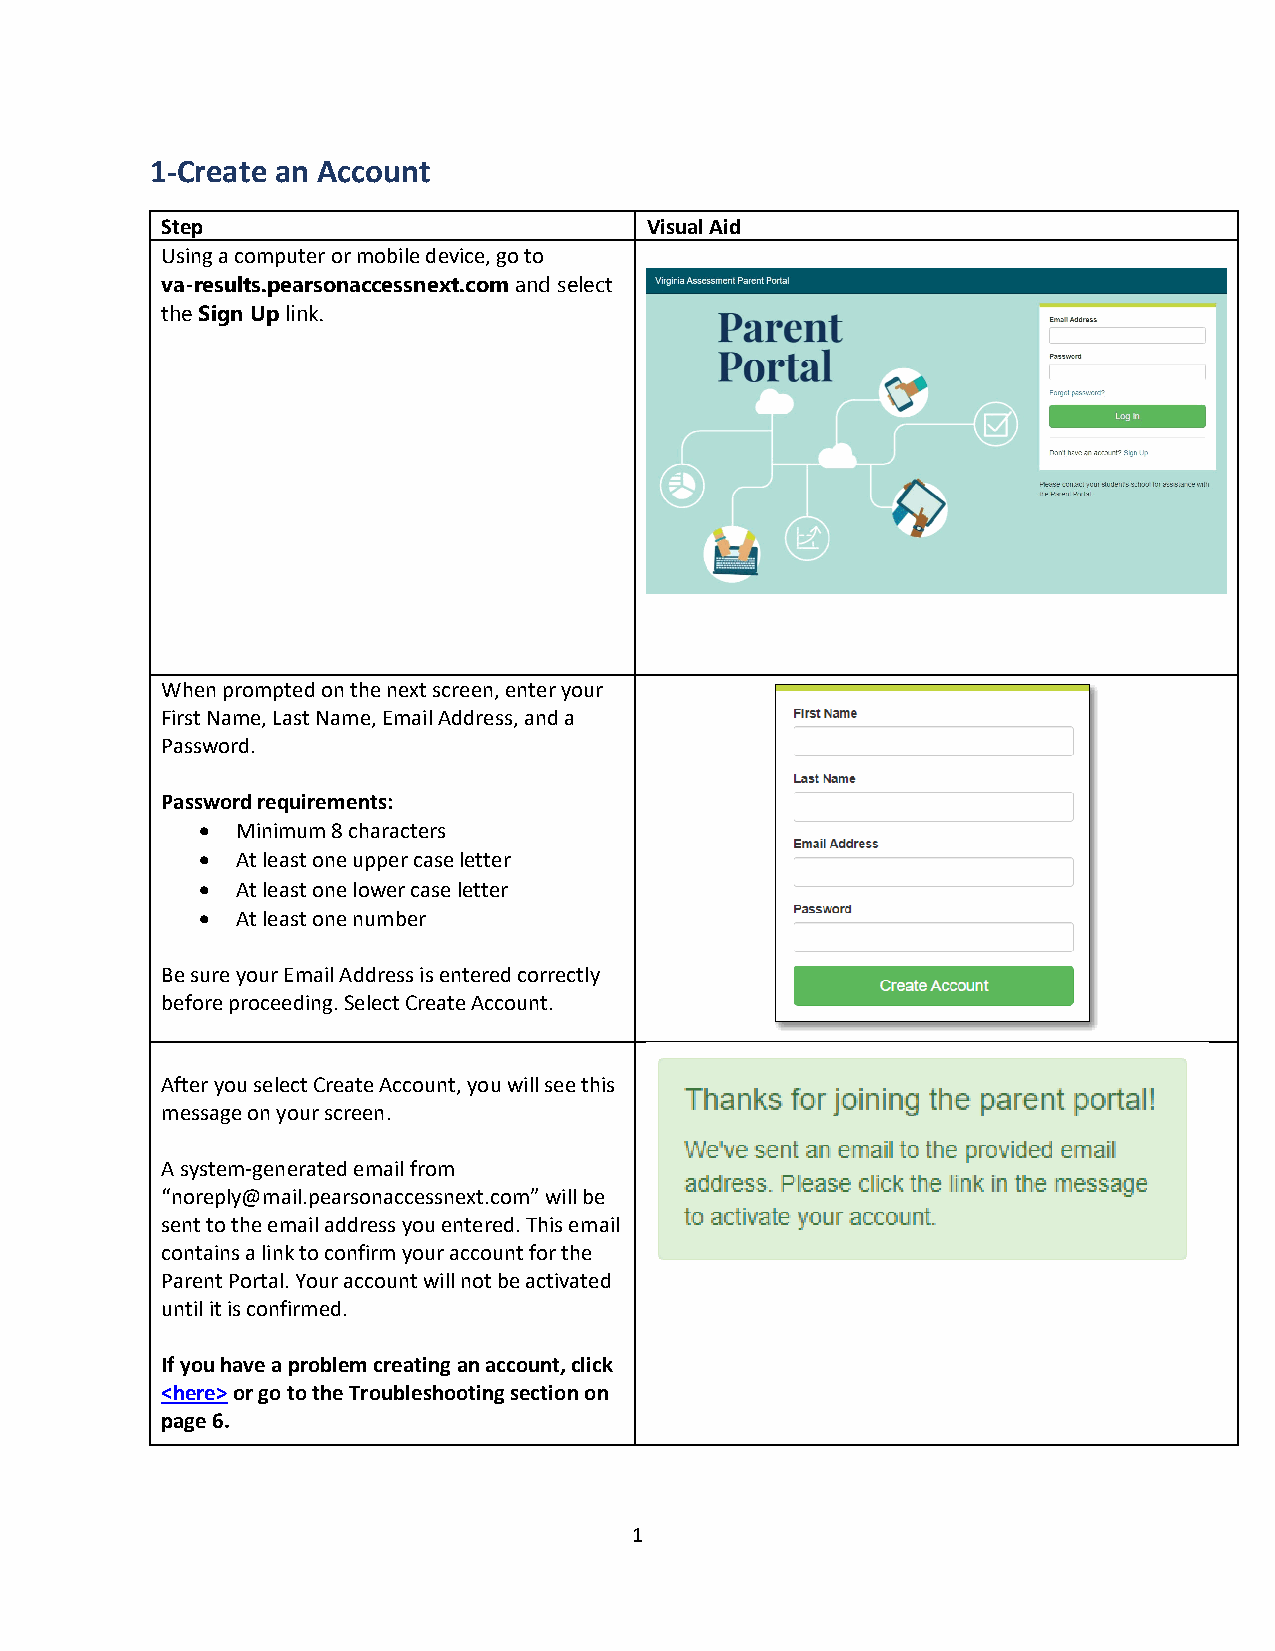
1-Create an Account
 Step                            Visual Aid
 Using a computer or mobile device, go to
 va-results.pearsonaccessnext.com and select
 the Sign Up link.
 When prompted on the next screen, enter your
 First Name, Last Name, Email Address, and a
 Password.
 Password requirements:
 •  Minimum 8 characters
 •  At least one upper case letter
 •  At least one lower case letter
 •  At least one number
 Be sure your Email Address is entered correctly
 before proceeding. Select Create Account.
 After you select Create Account, you will see this
 message on your screen.
 A system-generated email from
 “noreply@mail.pearsonaccessnext.com” will be
 sent to the email address you entered. This email
 contains a link to confirm your account for the
 Parent Portal. Your account will not be activated
 until it is confirmed.
 If you have a problem creating an account, click
 <here> or go to the Troubleshooting section on
 page 6.
 1